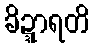
ခိဍ္ဍာရတိ